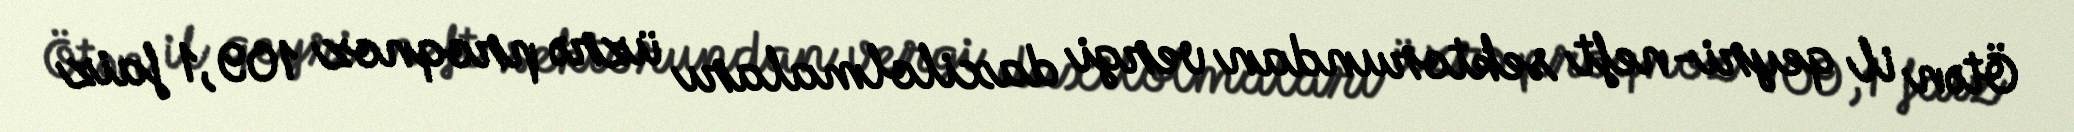
Ötən il qeyri-neft sektorundan vergi daxilolmaları üzrə proqnoz 109,1 faiz